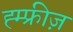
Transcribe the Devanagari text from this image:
ह्म्फ्रीज़